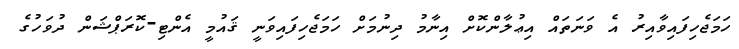
ހަމަޖެހިފައިވާއިރު އެ ވަނަތައް އިޢުލާންކޮށް އިނާމު ދިނުމަށް ހަމަޖެހިފައިވަނީ ޤައުމީ އެންޓި-ކޮރަޕްޝަން ދުވަހުގެ